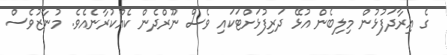
ގެ އިރާދަފުޅުން މިލިބެން އުޅޭ ދަރިފުޅަށްޓަކައި ވެސް ނޫރްދެން ކެއްކުރާނެއެވެ. މުނާޒުވެސް